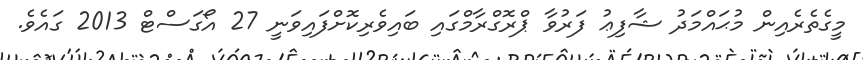
މީގެތެރެއިން މުޙައްމަދު ޝާފިޢު ފަރުވާ ޕްރޮގްރާމްގައި ބައިވެރިކޮށްފައިވަނީ 27 އޯގަސްޓް 2013 ގައެވެ.